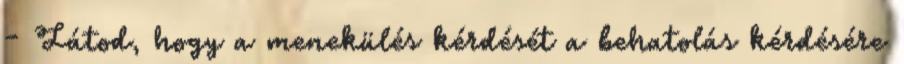
- Látod, hogy a menekülés kérdését a behatolás kérdésére